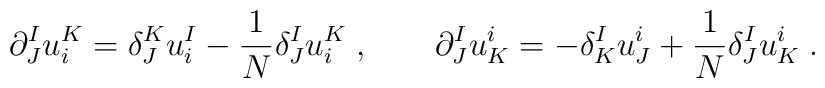
\partial^I_J u^K_i=\delta^K_J u^I_i - {1\over N}\delta^{I}_J u^K_i \;,\qquad\partial^I_J u^i_K=-\delta^I_K u^i_J +  {1\over N}\delta^{I}_J u^i_K\; .